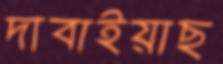
দাবাইয়াছ